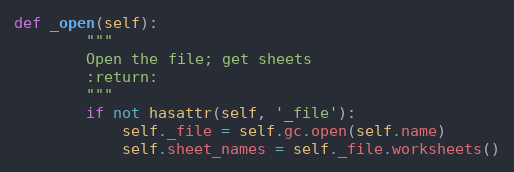
Language: Python
def _open(self):
        """
        Open the file; get sheets
        :return:
        """
        if not hasattr(self, '_file'):
            self._file = self.gc.open(self.name)
            self.sheet_names = self._file.worksheets()